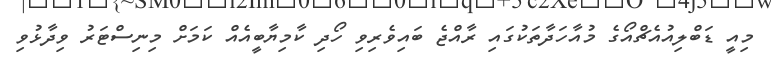
މިއީ ޑަބްލިއުއެޗްއޯގެ މުއާހަދާތަކުގައި ރާއްޖެ ބައިވެެރިވި ހޯދި ކާމިޔާބީއެއް ކަމަށް މިނިސްޓަރު ވިދާޅުވި